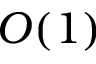
O ( 1 )